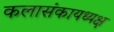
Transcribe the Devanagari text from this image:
कलासंकायध्यक्ष